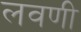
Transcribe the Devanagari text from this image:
लवणी